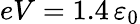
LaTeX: eV=1.4\, \varepsilon_{0}